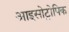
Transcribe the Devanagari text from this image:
आइसोट्रोपिक